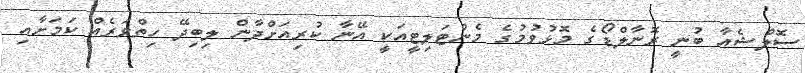
ސޮލްޝެއާ ބުނީ ރޮނާލްޑޯގެ މޮޅުވުމުގެ މެންޓަލިޓީއަކީ އޭނާ ކުރިއަށްދާން ލިބިދޭ ހިތްވަރެއް ކަމަށާއި